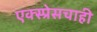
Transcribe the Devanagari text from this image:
एक्स्प्रेसचाही